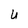
Character: U